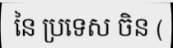
នៃ ប្រទេស ចិន (